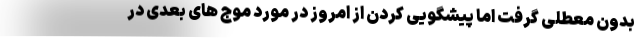
بدون معطلی گرفت اما پیشگویی کردن از امروز در مورد موج های بعدی در